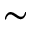
\sim